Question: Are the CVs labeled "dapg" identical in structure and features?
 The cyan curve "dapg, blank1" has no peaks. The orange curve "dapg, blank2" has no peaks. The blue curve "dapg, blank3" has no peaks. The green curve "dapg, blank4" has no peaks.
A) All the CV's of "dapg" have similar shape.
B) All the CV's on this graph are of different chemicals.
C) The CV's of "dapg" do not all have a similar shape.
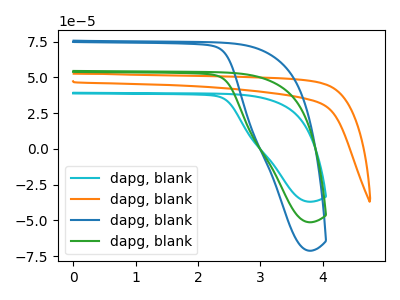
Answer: <think>Neither "dapg, blank1" or "dapg, blank2" have any peaks. Neither "dapg, blank1" or "dapg, blank3" have any peaks. Neither "dapg, blank1" or "dapg, blank4" have any peaks. Neither "dapg, blank2" or "dapg, blank3" have any peaks. Neither "dapg, blank2" or "dapg, blank4" have any peaks. Neither "dapg, blank3" or "dapg, blank4" have any peaks.
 </think>
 <answer>A) All the CV's of "dapg" have similar shape.</answer>
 <eval>A</eval>